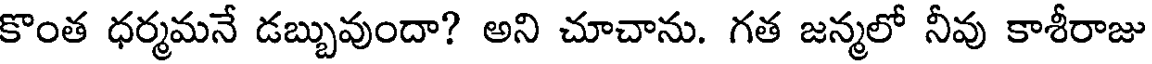
కొంత ధర్మమనే డబ్బువుందా? అని చూచాను. గత జన్మలో నీవు కాశీరాజు